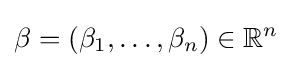
\beta =(\beta _{1},\dots ,\beta _{n})\in \mathbb {R} ^{n}